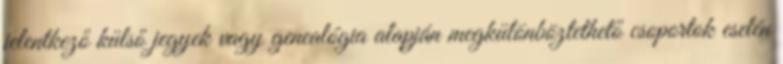
jelentkező külső jegyek vagy genealógia alapján megkülönböztethető csoportok esetén